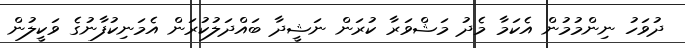
ދުވަހު ނިންމުމުން އެކަމާ މެދު މަޝްވަރާ ކުރަން ނަޝީދާ ބައްދަލުކުރަން އެމަނިކުފާނުގެ ވަކީލުން